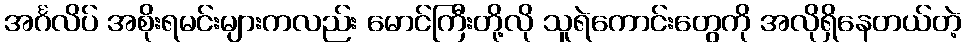
အင်္ဂလိပ် အစိုးရမင်းများကလည်း မောင်ကြီးတို့လို သူရဲကောင်းတွေကို အလိုရှိနေတယ်တဲ့